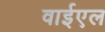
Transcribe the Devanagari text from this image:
वाईएल